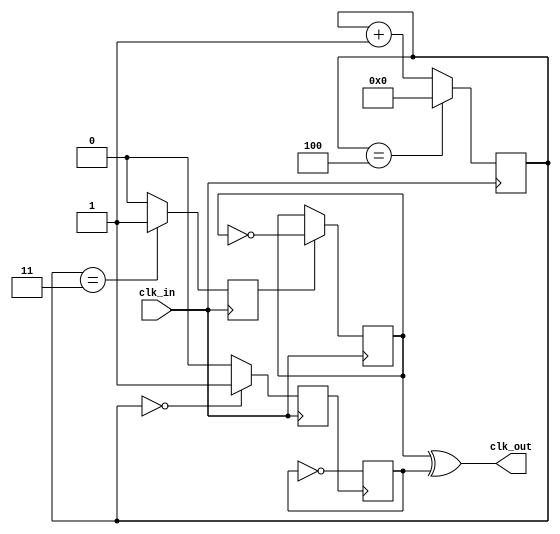
//***************************************************************************************
// Name:   		clk_div_odd.v
//
//         		http://github.com/sphanlung/      http://idielectronica.blogspot.com/                                              
//
// Device: 		FPGA, CPLD                 
//
// Description: This Verilog code describes a frequency divider by 5. The code can be 
// easily modified to divide the clock by 3, 7, or any other odd number N. Simply modify 
// the counter value in line 38 with N-1 (example, use 6 if you want to divide by 7) and 
// the value in line 60 with (N+1)/2  (example, use 4 to divide by 7, since (7+1)/2=4.
//***************************************************************************************

`timescale 1ns / 1ps

module clk_div_odd(
	input			clk_in,
	output 		clk_out
    );

reg  [3:0] count = 4'b0;
reg 		  A1 = 0;
reg 	     B1 = 0;
reg	 	  Tff_A = 0;
reg		  Tff_B = 0;
wire		  clock_out;
wire		  wTff_A;
wire		  wTff_B;

assign 	 wTff_A  = Tff_A;			//Connects registers to wires 
assign 	 wTff_B  = Tff_B;			//to use combinational logic

assign 	 clk_out = wTff_B ^ wTff_A;	//XOR gate produces output clock.

//Counter for division by N
always@(posedge clk_in)
	begin
		if(count == 4'b0100)	//Count to N-1. Ex: Use 4 to divide by 5
			begin
				count <= 4'b0000;
			end	
		else
			begin
				count <= count + 1;
			end	
	end

//Sets A to high for one clock cycle after counter is 0
always@(posedge clk_in)
	begin
		if(count == 4'b0000)
			A1 <= 1;
		else
			A1 <= 0;
	end

//Sets B to high for one clock cycle after counter is (N+1)/2
always@(posedge clk_in)
	begin
		if(count == 4'b0011)	//Use (N+1)/2. Ex: (5+1)/2 = 3		
			B1 <= 1;
		else
			B1 <= 0;
	end

//T flip flop toggles 
always@(negedge A1)		// Toggle signal Tff_A whenever A1 goes from 1 to 0
	begin
		Tff_A <= ~Tff_A;
	end

always@(negedge clk_in)
	begin
		if(B1)				// Toggle signal Tff_B whenever B1 clk_in goes from 1 to 0
			begin				// and B1 is 1
				Tff_B <= ~Tff_B;
			end
	end

endmodule